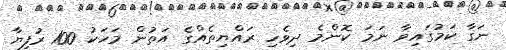
ނަގާ ކަމުގައިވާ ނަމަ ކޮންމެ ދިވެހި ރައްޔިތެއްގެ އަތުން މަހަކު 100 ރުފިޔާ